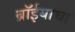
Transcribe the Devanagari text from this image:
ब्रॉईयाचा